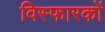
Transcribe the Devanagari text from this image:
विस्फारकों